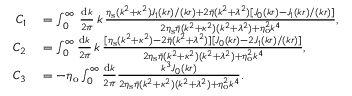
\begin{array} { r l } { C _ { 1 } } & { { } = \int _ { 0 } ^ { \infty } \, \frac { \mathrm { d } k } { 2 \pi } \, k \, \frac { \eta _ { \mathrm { s } } ( k ^ { 2 } + \kappa ^ { 2 } ) J _ { 1 } ( k r ) / ( k r ) + 2 \bar { \eta } ( k ^ { 2 } + \lambda ^ { 2 } ) [ J _ { 0 } ( k r ) - J _ { 1 } ( k r ) / ( k r ) ] } { 2 \eta _ { \mathrm { s } } \bar { \eta } ( k ^ { 2 } + \kappa ^ { 2 } ) ( k ^ { 2 } + \lambda ^ { 2 } ) + \eta _ { \mathrm { o } } ^ { 2 } k ^ { 4 } } , } \\ { C _ { 2 } } & { { } = \int _ { 0 } ^ { \infty } \frac { \mathrm { d } k } { 2 \pi } \, k \, \frac { [ \eta _ { \mathrm { s } } ( k ^ { 2 } + \kappa ^ { 2 } ) - 2 \bar { \eta } ( k ^ { 2 } + \lambda ^ { 2 } ) ] [ J _ { 0 } ( k r ) - 2 J _ { 1 } ( k r ) / ( k r ) ] } { 2 \eta _ { \mathrm { s } } \bar { \eta } ( k ^ { 2 } + \kappa ^ { 2 } ) ( k ^ { 2 } + \lambda ^ { 2 } ) + \eta _ { \mathrm { o } } ^ { 2 } k ^ { 4 } } , } \\ { C _ { 3 } } & { { } = - \eta _ { \mathrm { o } } \int _ { 0 } ^ { \infty } \frac { \mathrm { d } k } { 2 \pi } \frac { k ^ { 3 } J _ { 0 } ( k r ) } { 2 \eta _ { \mathrm { s } } \bar { \eta } ( k ^ { 2 } + \kappa ^ { 2 } ) ( k ^ { 2 } + \lambda ^ { 2 } ) + \eta _ { \mathrm { o } } ^ { 2 } k ^ { 4 } } . } \end{array}